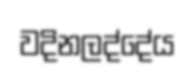
වදිනලද්දේය